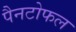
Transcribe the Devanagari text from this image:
पैनटोफल